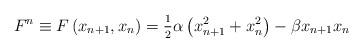
LaTeX: \begin{align*}F^n\equiv F\left( x_{n+1},x_n\right) =\frac{_1}{^2}\alpha \left(x_{n+1}^2+x_n^2\right) -\beta x_{n+1}x_n\end{align*}